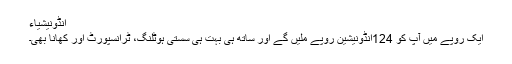
انڈونیشیاء
ایک روپے میں آپ کو 124انڈونیشین روپے ملیں گے اور ساتھ ہی بہت ہی سستی ہوٹلنگ، ٹرانسپورٹ اور کھانا بھی۔